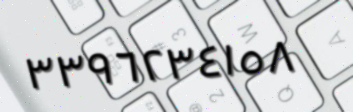
٣٣٩٦٢٣٤١٥٨